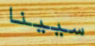
سيينا